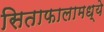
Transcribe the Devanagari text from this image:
सिताफालामध्ये